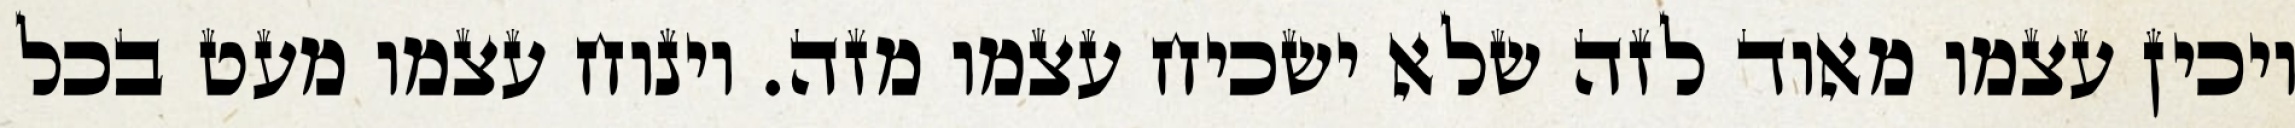
ויכין עצמו מאוד לזה שלא ישכיח עצמו מזה. וינוח עצמו מעט בכל